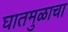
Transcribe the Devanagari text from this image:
घातमुळाचा